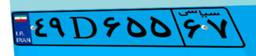
۵۳D۸۵۴۵۹